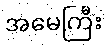
အမေကြီး